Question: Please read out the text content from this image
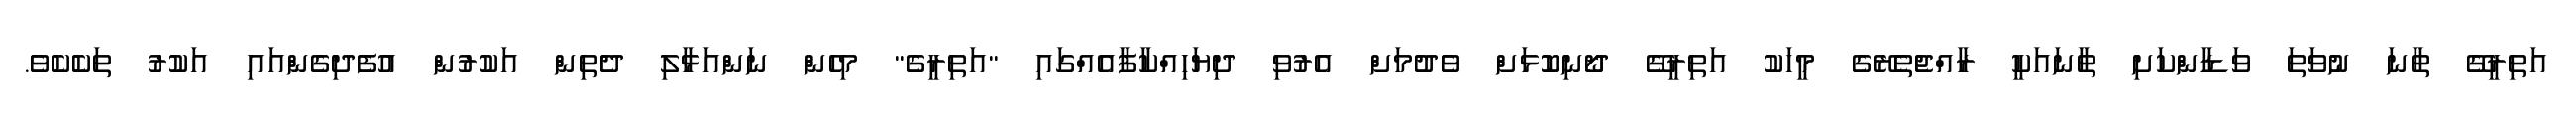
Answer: އަތިރީގޭ ތާނަ ނުވަތަ ވަޑާންކަށި ތާނައަކީ ރާއްޖެތެރޭގެ މީހަކު އަތިރީގޭ ދޯނިކޮޅަށް ވެދުމަށް އެރުވި ދިޔަހިއްކާފާއެއްގައި "އަތިރީގެ" މިހެން ނަންއަޅާލި ދެތިން އަކުރުން އުފެދިގެންއައި އަކުރު ތަކެކެވެ.